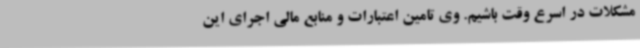
مشکلات در اسرع وقت باشیم. وی تامین اعتبارات و منابع مالی اجرای این